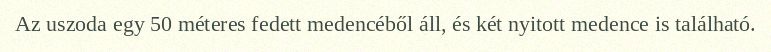
Az uszoda egy 50 méteres fedett medencéből áll, és két nyitott medence is található.